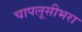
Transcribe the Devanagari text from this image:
चापलूसीभरा